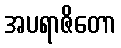
အပရာဇိတော